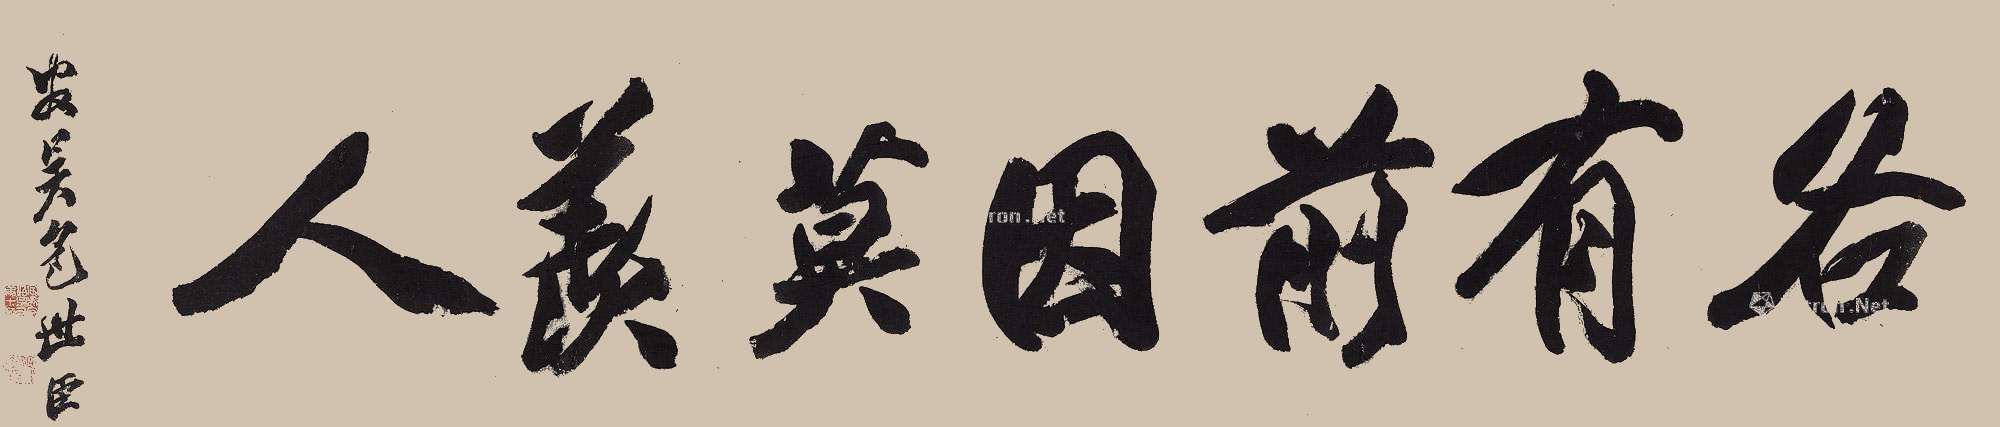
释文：各有前因莫羡人安吴包世臣